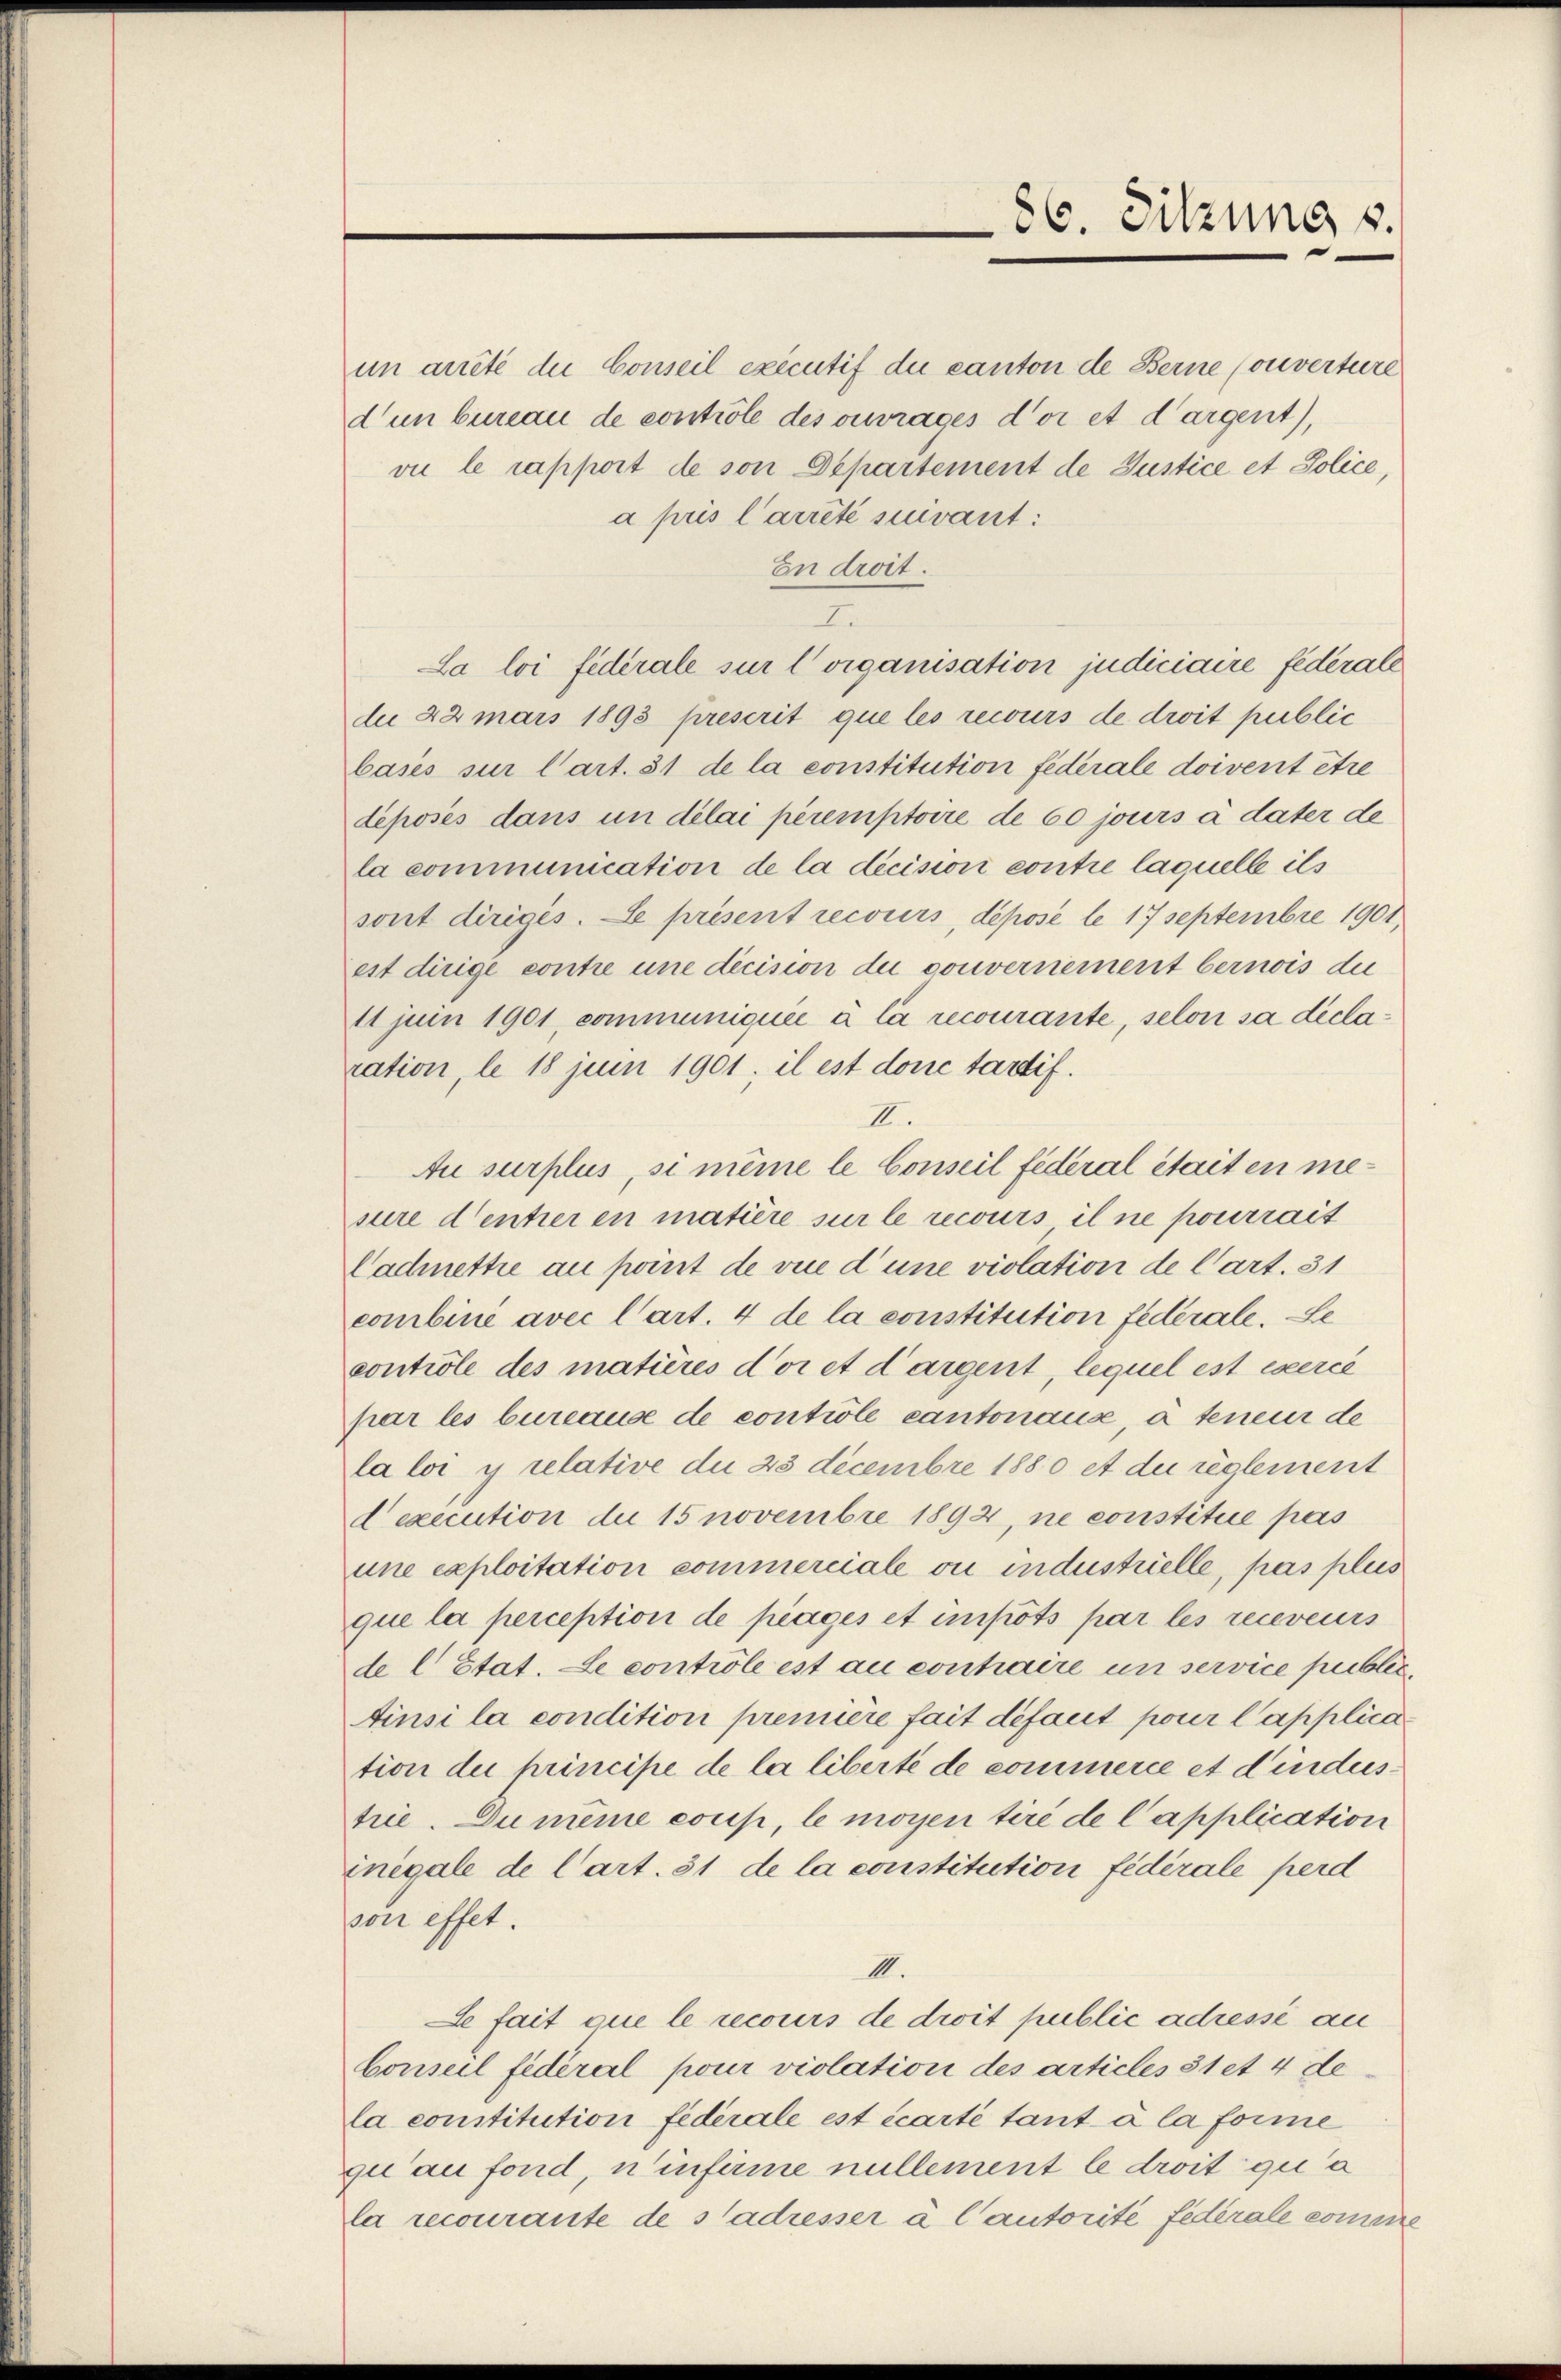
86. Sitzung v.

un arrêté due Conseil exécutif du canton de Berne Converture
dun bureau de controle des ourages d’or et dargent),
vie le rapport de son Departement de Justice et Police,
a pris l’arrêté suivant:
En droit.
I.
La loi federale sur l’ organisation judiciaire federale
da 42 mars 1893 prescrit que les recours de droit public
basés sur l’art. 31 de la constitution federale doivent être
déposés dans un délai peremptoire de 60 jours à dater de
la communication de la décision contre laquelle ils
sont dirigés. Le présent recours, déposé le 17 Septembre 1901,
est dirige contre une dicision du gouvernement bernois die
11 juin 1901, communiquée à la recourante, selon sa declaration, le 18 juni 1901; il est done tarif.
II.
Au surplus, si même le Conseil federal était en mesure dentieren matière sur le recours il ne pourrait
Cadmettre au point de vue d’une violation de Cart. 31
combiné avec l’art. 4 de la constitution federale. Le
contrôle des matières d’or et dargent, lequel est exercé
par les bureause de controle cantonaus, à teneur de
la loi y relative du 23 decembre 1880 et du règlement
dexecution du 15 novembre 1892, ne constitue pas
une exploitation commerciale ou industrielle, pas plus
que la perception de plages et impots par les recevers
de l Stat. Le controle ist au contraire un service public
Ainsi la condition première fait défaut pour l’applica
tion die principe de la liberté de commerce et dindustrie. Du meine coup, le moyen tiré de Capplication
inégale de Cart. 31 de la constitution fédérale perd
son effet.
II.
e fait que le recours de droit public adressé an
Conseil fédéral pour violation des articles 31 et 4 de
la constitution fédérale est écarte tant à la forme
qu au fond, n’infirme nullement le droit qu’a
la recourante de s’adresser à l’autorité fédérale comane